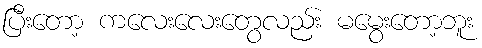
ပြီးတော့ ကလေးလေးတွေလည်း မမွေးတော့ဘူး